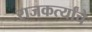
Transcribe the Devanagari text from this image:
राजकर्त्यांचे